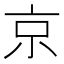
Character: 京